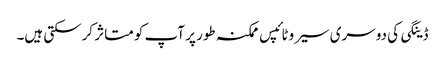
ڈینگی کی دوسری سیروٹائپس ممکنہ طور پر آپ کو متاثر کرسکتی ہیں۔